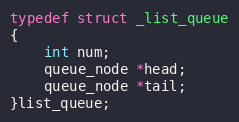
Language: C
typedef struct _list_queue
{
	int num;
	queue_node *head;
	queue_node *tail;
}list_queue;